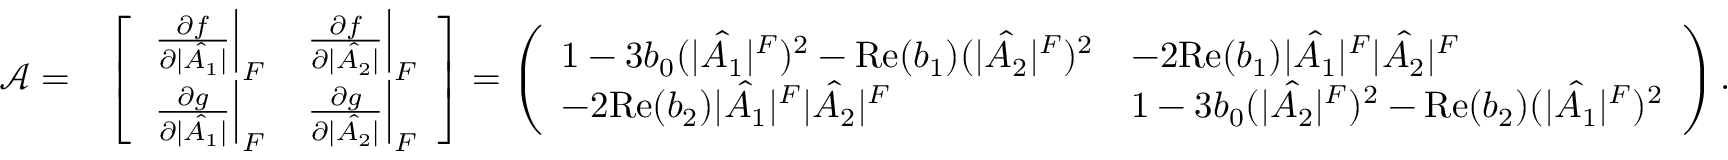
\begin{array} { r l } { \mathcal { A } = } & { \left[ \begin{array} { l l } { \left. \frac { \partial f } { \partial | \hat { A _ { 1 } } | } \right| _ { F } } & { \left. \frac { \partial f } { \partial | \hat { A _ { 2 } } | } \right| _ { F } } \\ { \left. \frac { \partial g } { \partial | \hat { A _ { 1 } } | } \right| _ { F } } & { \left. \frac { \partial g } { \partial | \hat { A _ { 2 } } | } \right| _ { F } } \end{array} \right] = \left( \begin{array} { l l } { 1 - 3 b _ { 0 } ( | \hat { A _ { 1 } } | ^ { F } ) ^ { 2 } - \mathrm { R e } ( b _ { 1 } ) ( | \hat { A _ { 2 } } | ^ { F } ) ^ { 2 } } & { - 2 \mathrm { R e } ( b _ { 1 } ) | \hat { A _ { 1 } } | ^ { F } | \hat { A _ { 2 } } | ^ { F } } \\ { - 2 \mathrm { R e } ( b _ { 2 } ) | \hat { A _ { 1 } } | ^ { F } | \hat { A _ { 2 } } | ^ { F } } & { 1 - 3 b _ { 0 } ( | \hat { A _ { 2 } } | ^ { F } ) ^ { 2 } - \mathrm { R e } ( b _ { 2 } ) ( | \hat { A _ { 1 } } | ^ { F } ) ^ { 2 } } \end{array} \right) . } \end{array}